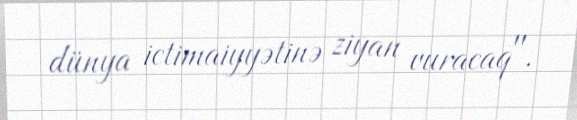
dünya ictimaiyyətinə ziyan vuracaq".